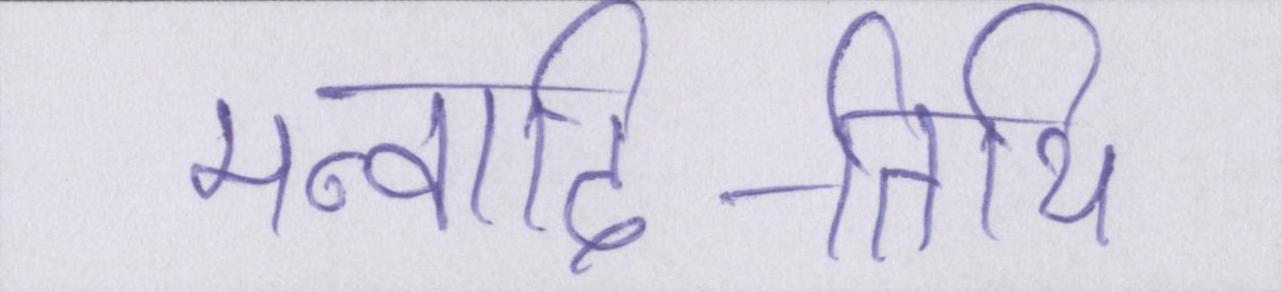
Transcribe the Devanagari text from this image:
मन्वादि-तिथि